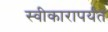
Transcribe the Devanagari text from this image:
स्वीकारापर्यंत